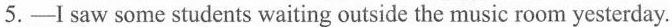
5.—I saw some students waiting outside the music room yesterday.